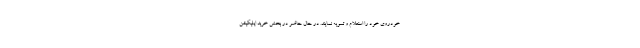
خودروی خود را استعلام و تسویه نمایند. در حال حاضر در بخش خرید اپلیکیشن